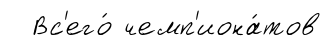
Вс'его́ чемп'иона́тов